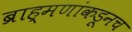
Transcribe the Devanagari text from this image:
ब्राह्मणांकडूनच